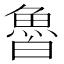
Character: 𩶑